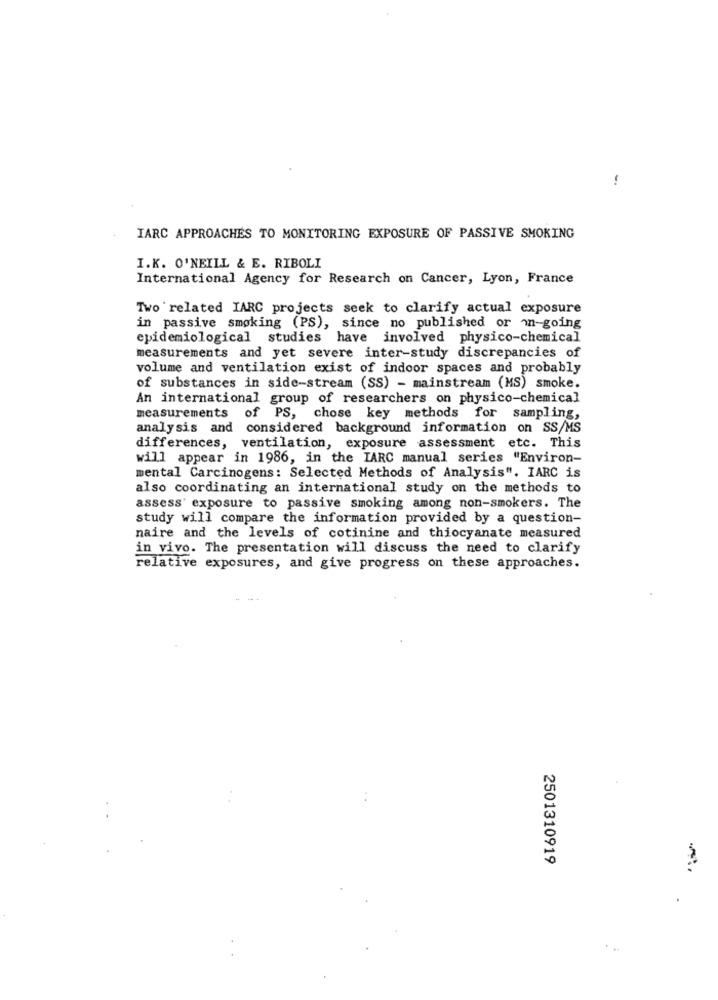
-
IARC APPROACHES TO MONITORING EXPOSURE OF PASSIVE SMOKING
I.K. O'NEILL & E. RIBOLI
International Agency for Research on Cancer, Lyon, France
Two related IARC projects seek to clarify actual exposure
in passive smoking (PS), since no published or m-going
epidemiological studies have involved physico-chemical
measurements and yet severe inter-study discrepancies of
volume and ventilation exist of indoor spaces and probably
of substances in side-stream (SS) - mainstream (MS) smoke.
An international group of researchers on physico-chemical
measurements of PS, chose key methods for sampling,
analysis and considered background information on SS/MS
differences, ventilation, exposure assessment etc. This
will appear in 1986, in the IARC manual series "Environ-
mental Carcinogens: Selected Methods of Analysis". IARC is
also coordinating an international study on the methods to
assess' exposure to passive smoking among non-smokers. The
study will compare the information provided by a question-
naire and the levels of cotinine and thiocyanate measured
in vivo. The presentation will discuss the need to clarify
relative exposures, and give progress on these approaches.
2501310919